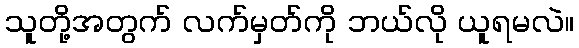
သူတို့အတွက် လက်မှတ်ကို ဘယ်လို ယူရမလဲ။